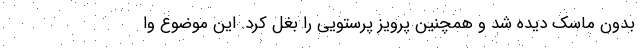
بدون ماسک دیده شد و همچنین پرویز پرستویی را بغل کرد. این موضوع وا